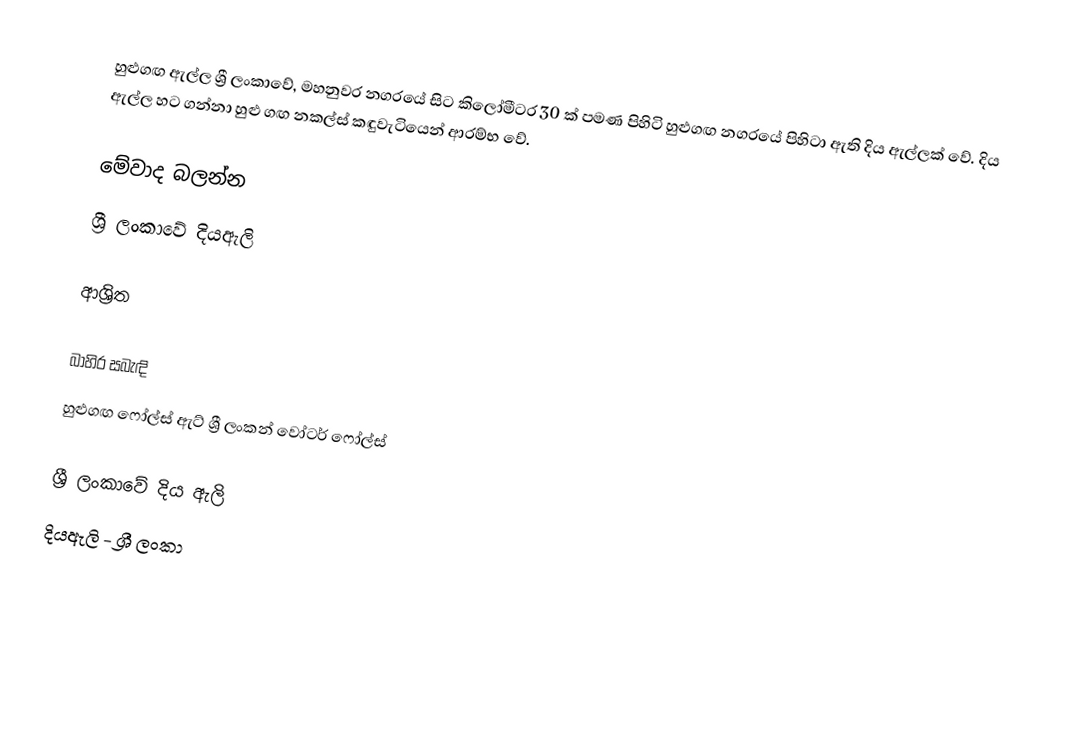
හුළුගඟ ඇල්ල ශ්‍රී ලංකාවේ, මහනුවර නගරයේ සිට කිලෝමීටර 30 ක් පමණ පිහිටි හුළුගඟ නගරයේ පිහිටා ඇති දිය ඇල්ලක් වේ. දිය ඇල්ල හට ගන්නා හුළු ගඟ නකල්ස් කඳුවැටියෙන් ආරම්භ වේ.

මේවාද බලන්න
 ශ්‍රී ලංකාවේ දියඇලි

ආශ්‍රිත

බාහිර සබැඳි
හුළුගඟ ෆෝල්ස් ඇට් ශ්‍රී ලංකන් වෝටර් ෆෝල්ස්

ශ්‍රී ලංකාවේ දිය ඇලි
දියඇලි - ශ්‍රී ලංකා